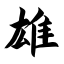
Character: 雄